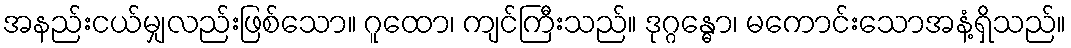
အနည်းငယ်မျှလည်းဖြစ်သော။ ဂူထော၊ ကျင်ကြီးသည်။ ဒုဂ္ဂန္ဓော၊ မကောင်းသောအနံ့ရှိသည်။